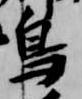
鳥